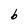
Character: b